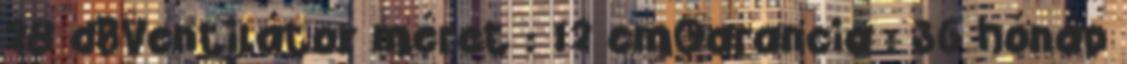
28 dBVentilátor méret : 12 cmGarancia : 36 hónap